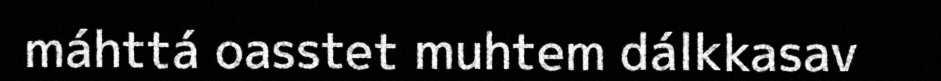
máhttá oasstet muhtem dálkkasav